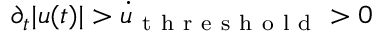
\partial _ { t } | u ( t ) | > \dot { u } _ { \mathrm { ~ t ~ h ~ r ~ e ~ s ~ h ~ o ~ l ~ d ~ } } > 0